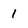
Character: 1